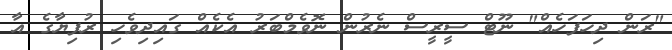
"ރަން ދިހަފަހެއް" ނޫޓް ސީރީސް ނެރުން ނޮވެމްބަރު އެކެއް ގައިދިވެހި ރުފިޔާގެ އާ